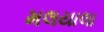
મલયાલા